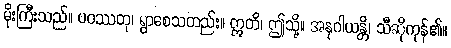
မိုးကြီးသည်။ ပဝဿတု၊ ရွာစေသတည်း။ ဣတိ၊ ဤသို့။ အနုဂါယန္တိ၊ သီဆိုကုန်၏။